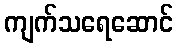
ကျက်သရေဆောင်